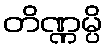
တိဏ္ဏမ္ပိ